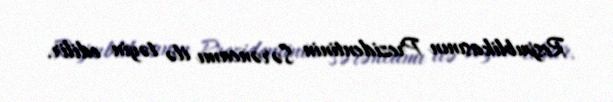
Respublikasının Prezidentinin Sərəncamı ilə təyin edilir.